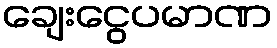
ချေးငွေပမာဏ